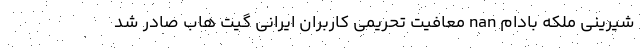
شیرینی ملکه بادام nan معافیت تحریمی کاربران ایرانی گیت هاب صادر شد